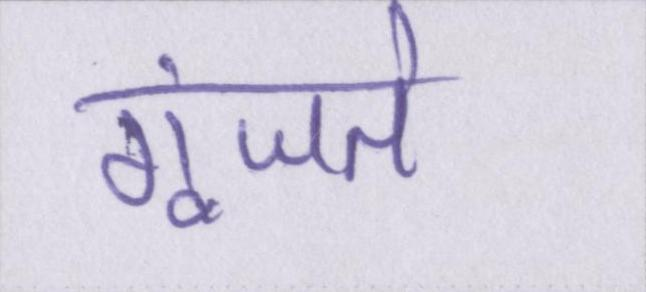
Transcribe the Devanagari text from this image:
गूंजते